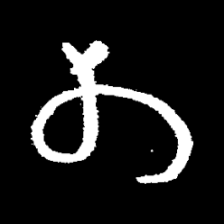
Pyu character \u2014 Myanmar letter: တ (romanized: ta)